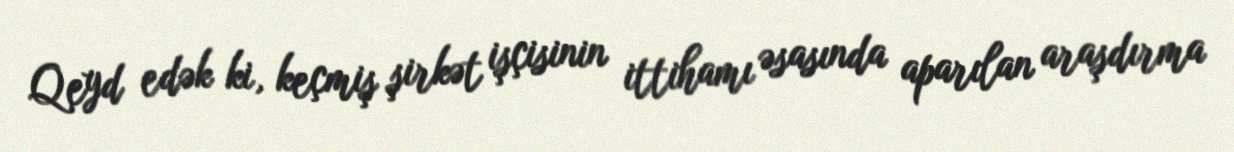
Qeyd edək ki, keçmiş şirkət işçisinin ittihamı əsasında aparılan araşdırma